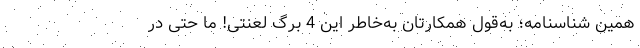
همین شناسنامه؛ به‌قول همکارتان به‌خاطر این 4 برگ لعنتی! ما حتی در